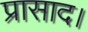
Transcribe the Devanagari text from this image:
प्रासाद।